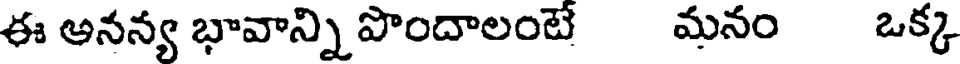
ఈ అనన్య భావాన్ని పొందాలంటే మనం ఒక్క